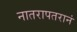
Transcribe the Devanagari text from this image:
नातरापतरानं